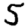
Digit: 5